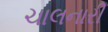
ચાલનારી